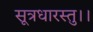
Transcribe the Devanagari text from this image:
सूत्रधारस्तु।।